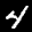
Label: 4